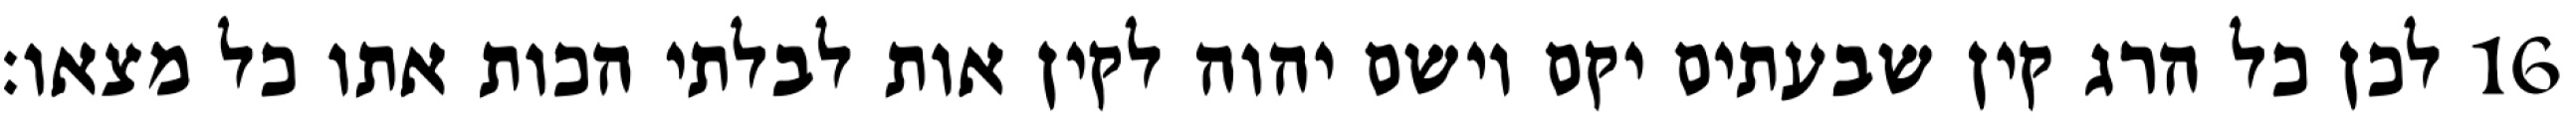
לכן כל הרג קין שבעתים יקם וישם יהוה לקין אות לבלתי הכות אתו כל מצאו׃ ‎16‏